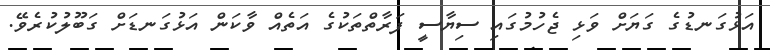
އަޅުގަނޑުގެ ގަޔަށް ވަޅި ޖެހުމުގައި ސިޔާސީ ފަރާތްތަކުގެ އަތެއް ވާކަން އަޅުގަނޑަށް ގަބޫލުކުރެވޭ.